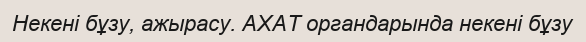
Некені бұзу, ажырасу. АХАТ органдарында некені бұзу